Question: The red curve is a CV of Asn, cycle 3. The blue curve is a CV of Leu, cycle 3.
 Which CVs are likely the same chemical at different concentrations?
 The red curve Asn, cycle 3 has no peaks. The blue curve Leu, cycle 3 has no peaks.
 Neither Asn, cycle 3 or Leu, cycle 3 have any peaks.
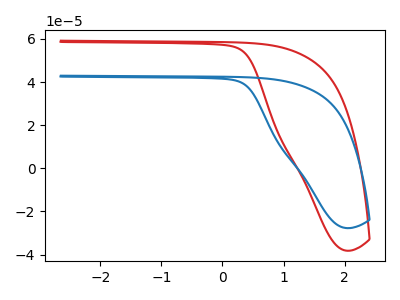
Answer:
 <answer>"Leu, cycle 3" and "Asn, cycle 3" have the same shape and are likely CV's of the same chemical.</answer>
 <eval>"Leu, cycle 3" "Asn, cycle 3"</eval>